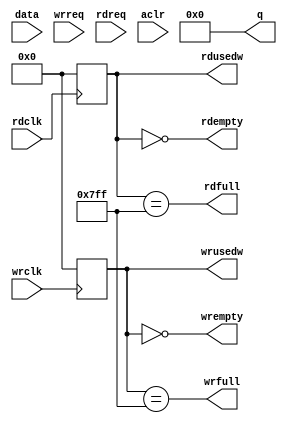
// Model of FIFO in Altera

module fifo_1c_2k ( data, wrreq, rdreq, rdclk, wrclk, aclr, q,
		    rdfull, rdempty, rdusedw, wrfull, wrempty, wrusedw);

   parameter width = 32;
   parameter depth = 2048;
   //`define rd_req 0;  // Set this to 0 for rd_ack, 1 for rd_req
      
   input [31:0] data;
   input 	wrreq;
   input 	rdreq;
   input 	rdclk;
   input 	wrclk;
   input 	aclr;
   output [31:0] q;
   output 	 rdfull;
   output 	 rdempty;
   output [10:0]  rdusedw;
   output 	 wrfull;
   output 	 wrempty;
   output [10:0]  wrusedw;
   
   reg [width-1:0] mem [0:depth-1];
   reg [7:0] 	   rdptr;
   reg [7:0] 	   wrptr;
   
`ifdef rd_req
   reg [width-1:0] q;
`else
   wire [width-1:0] q;
`endif
   
   reg [10:0] 	    rdusedw;
   reg [10:0] 	    wrusedw;
   
   integer 	    i;

   always @( aclr)
     begin
	wrptr <= #1 0;
	rdptr <= #1 0;
	for(i=0;i<depth;i=i+1)
	  mem[i] <= #1 0;
     end
   
   always @(posedge wrclk)
     if(wrreq)
       begin
	  wrptr <= #1 wrptr+1;
	  mem[wrptr] <= #1 data;
       end
   
   always @(posedge rdclk)
     if(rdreq)
       begin
   	  rdptr <= #1 rdptr+1;
`ifdef rd_req
	  q <= #1 mem[rdptr];
`endif
       end
   
`ifdef rd_req
`else
   assign q = mem[rdptr];
`endif
   
   // Fix these
   always @(posedge wrclk)
     wrusedw <= #1 wrptr - rdptr;
   
   always @(posedge rdclk)
     rdusedw <= #1 wrptr - rdptr;

   assign wrempty = (wrusedw == 0);
   assign wrfull = (wrusedw == depth-1);
   
   assign rdempty = (rdusedw == 0);
   assign rdfull = (rdusedw == depth-1);
   
endmodule // fifo_1c_2k